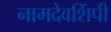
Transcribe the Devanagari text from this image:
नामदेवशिंपी